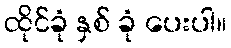
ထိုင်ခုံ နှစ် ခုံ ပေးပါ။